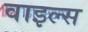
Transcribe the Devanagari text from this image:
वाइल्स